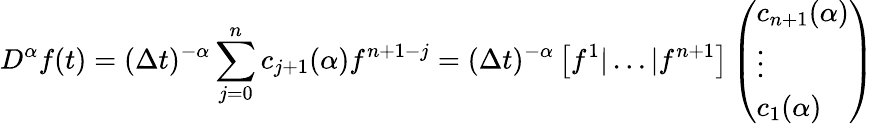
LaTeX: D^{\alpha}{f}(t)=(\Delta t)^{-\alpha}\sum_{j=0}^{n}c_{j+1}(\alpha)f^{n+1-j}=(\Delta t)^{-\alpha}\left[f^{1}|\dots|f^{n+1}\right]\left(\begin{array}{l}{c_{n+1}(\alpha)}\\ {\vdots}\\ {c_{1}(\alpha)}\end{array}\right)